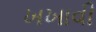
ખખાવી